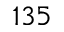
1 3 5